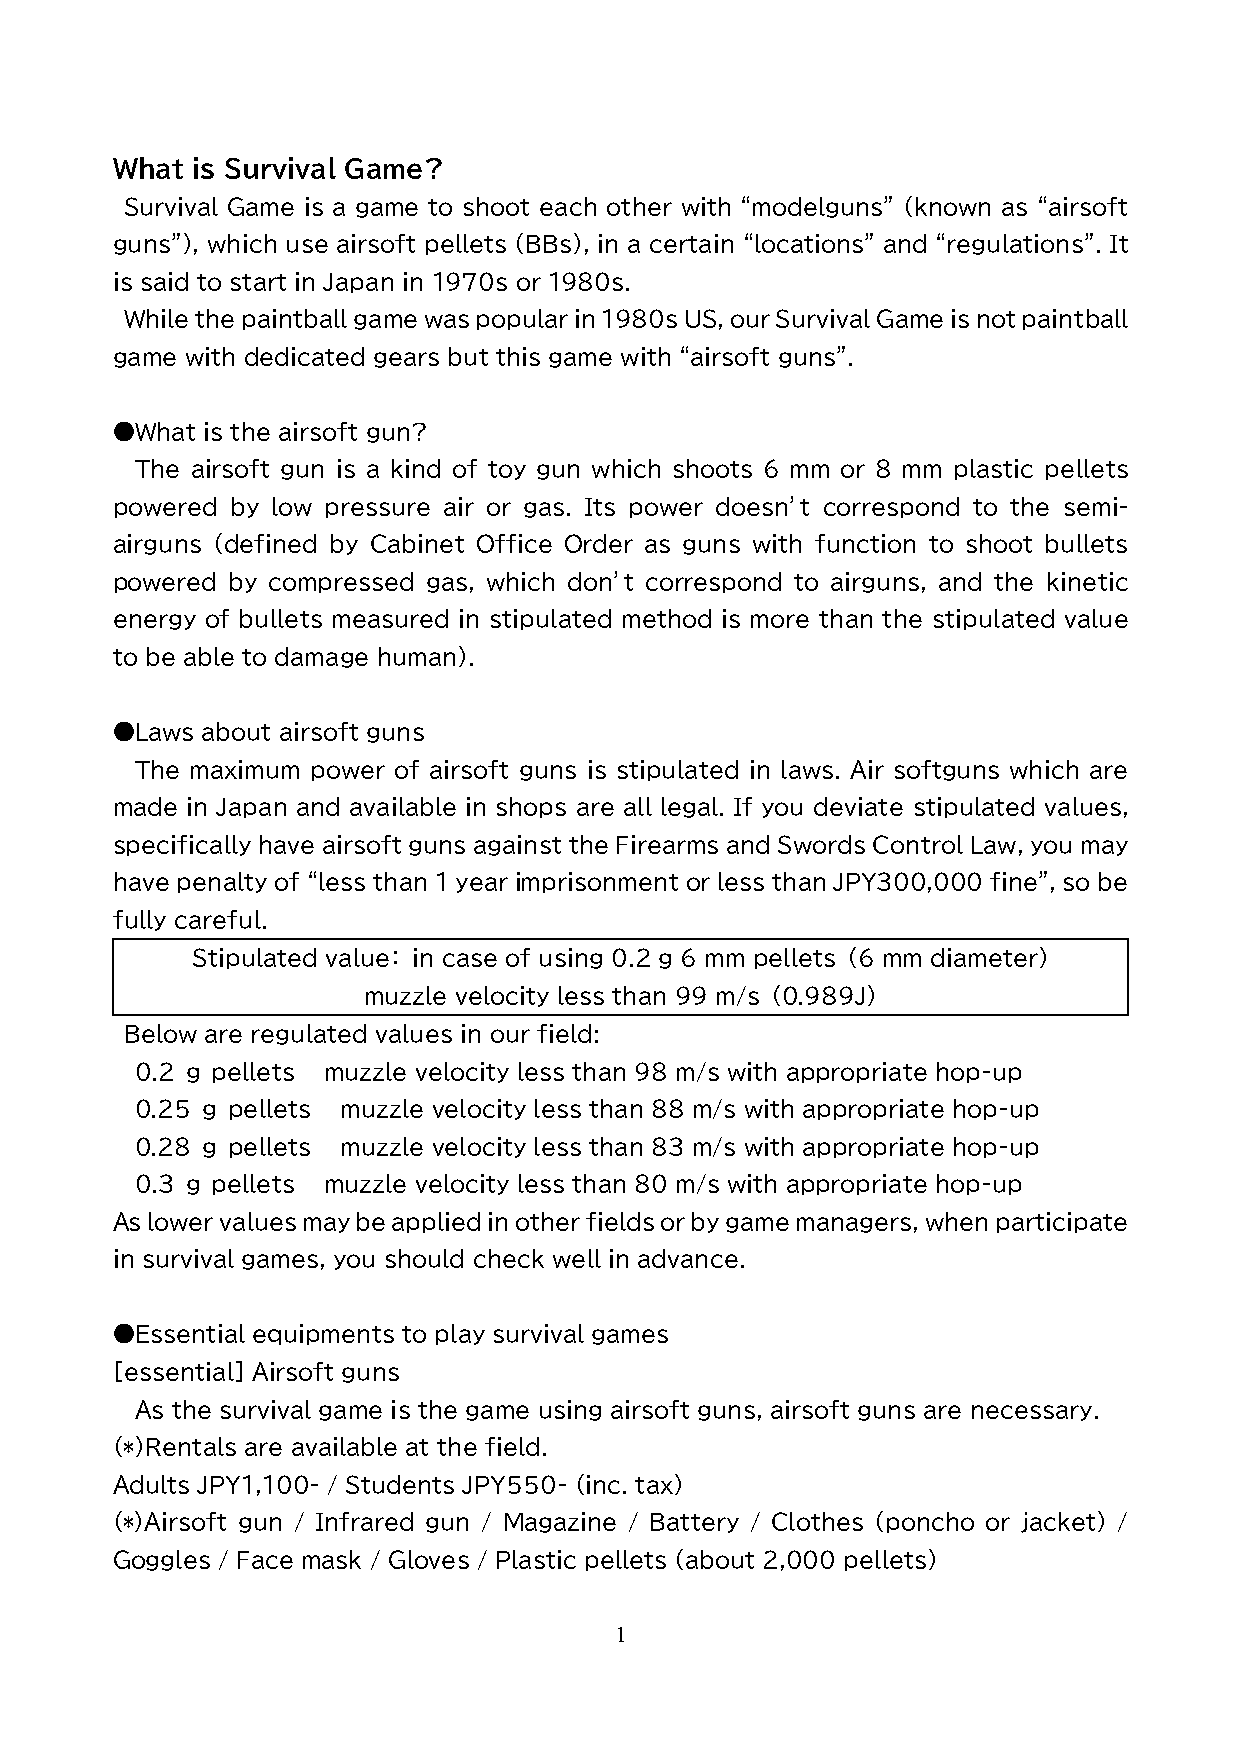
What  is Survival Game?
 Survival Game is a game to shoot each other with “modelguns” (known as “airsoft
 guns”), which use airsoft pellets (BBs), in a certain “locations” and “regulations”. It
 is said to start in Japan in 1970s or 1980s.
 While the paintball game was popular in 1980s US, our Survival Game is not paintball
 game with dedicated gears but this game with “airsoft guns”.
 ●What is the airsoft gun?
 The airsoft gun is a kind of toy gun which shoots 6 mm or 8 mm plastic pellets
 powered by low pressure air or gas. Its power doesn’t correspond to the semi-
 airguns (defined by Cabinet Office Order as guns with function to shoot bullets
 powered by compressed gas, which don’t correspond to airguns, and the kinetic
 energy of bullets measured in stipulated method is more than the stipulated value
 to be able to damage human).
 ●Laws about airsoft guns
 The maximum power of airsoft guns is stipulated in laws. Air softguns which are
 made in Japan and available in shops are all legal. If you deviate stipulated values,
 specifically have airsoft guns against the Firearms and Swords Control Law, you may
 have penalty of “less than 1 year imprisonment or less than JPY300,000 fine”, so be
 fully careful.
 Stipulated value： in case of using 0.2 g 6 mm pellets （6 mm diameter）
 muzzle velocity less than 99 m/s （0.989J）
 Below are regulated values in our field:
 0.2 ｇ pellets muzzle velocity less than 98 m/s with appropriate hop-up
 0.25 ｇ pellets muzzle velocity less than 88 m/s with appropriate hop-up
 0.28 ｇ pellets muzzle velocity less than 83 m/s with appropriate hop-up
 0.3 ｇ pellets muzzle velocity less than 80 m/s with appropriate hop-up
 As lower values may be applied in other fields or by game managers, when participate
 in survival games, you should check well in advance.
 ●Essential equipments to play survival games
 [essential] Airsoft guns
 As the survival game is the game using airsoft guns, airsoft guns are necessary.
 (*)Rentals are available at the field.
 Adults JPY1,100- / Students JPY550- (inc. tax)
 (*)Airsoft gun / Infrared gun / Magazine / Battery / Clothes (poncho or jacket) /
 Goggles / Face mask / Gloves / Plastic pellets (about 2,000 pellets)
 1